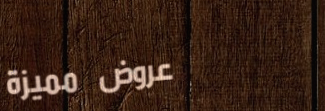
عروض مميزة